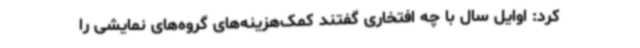
کرد: اوایل سال با چه افتخاری گفتند کمک‌هزینه‌های گروه‌های نمایشی را